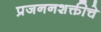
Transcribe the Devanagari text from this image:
प्रजननशक्तीचे